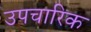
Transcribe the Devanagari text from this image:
उपचारिक